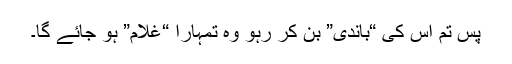
پس تم اس کی “باندی” بن کر رہو وہ تمہارا “غلام” ہو جائے گا۔